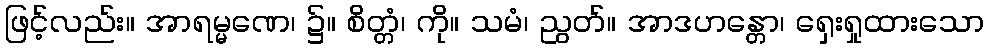
ဖြင့်လည်း။ အာရမ္မဏေ၊ ၌။ စိတ္တံ၊ ကို။ သမံ၊ ညွတ်။ အာဒဟန္တော၊ ရှေးရှုထားသော